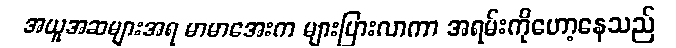
အယူအဆများအရ မာမာအေးက များပြားလာကာ အရမ်းကိုဟော့နေသည်